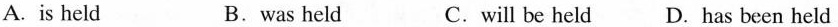
A.is held B.was held C.will be held D. has been held